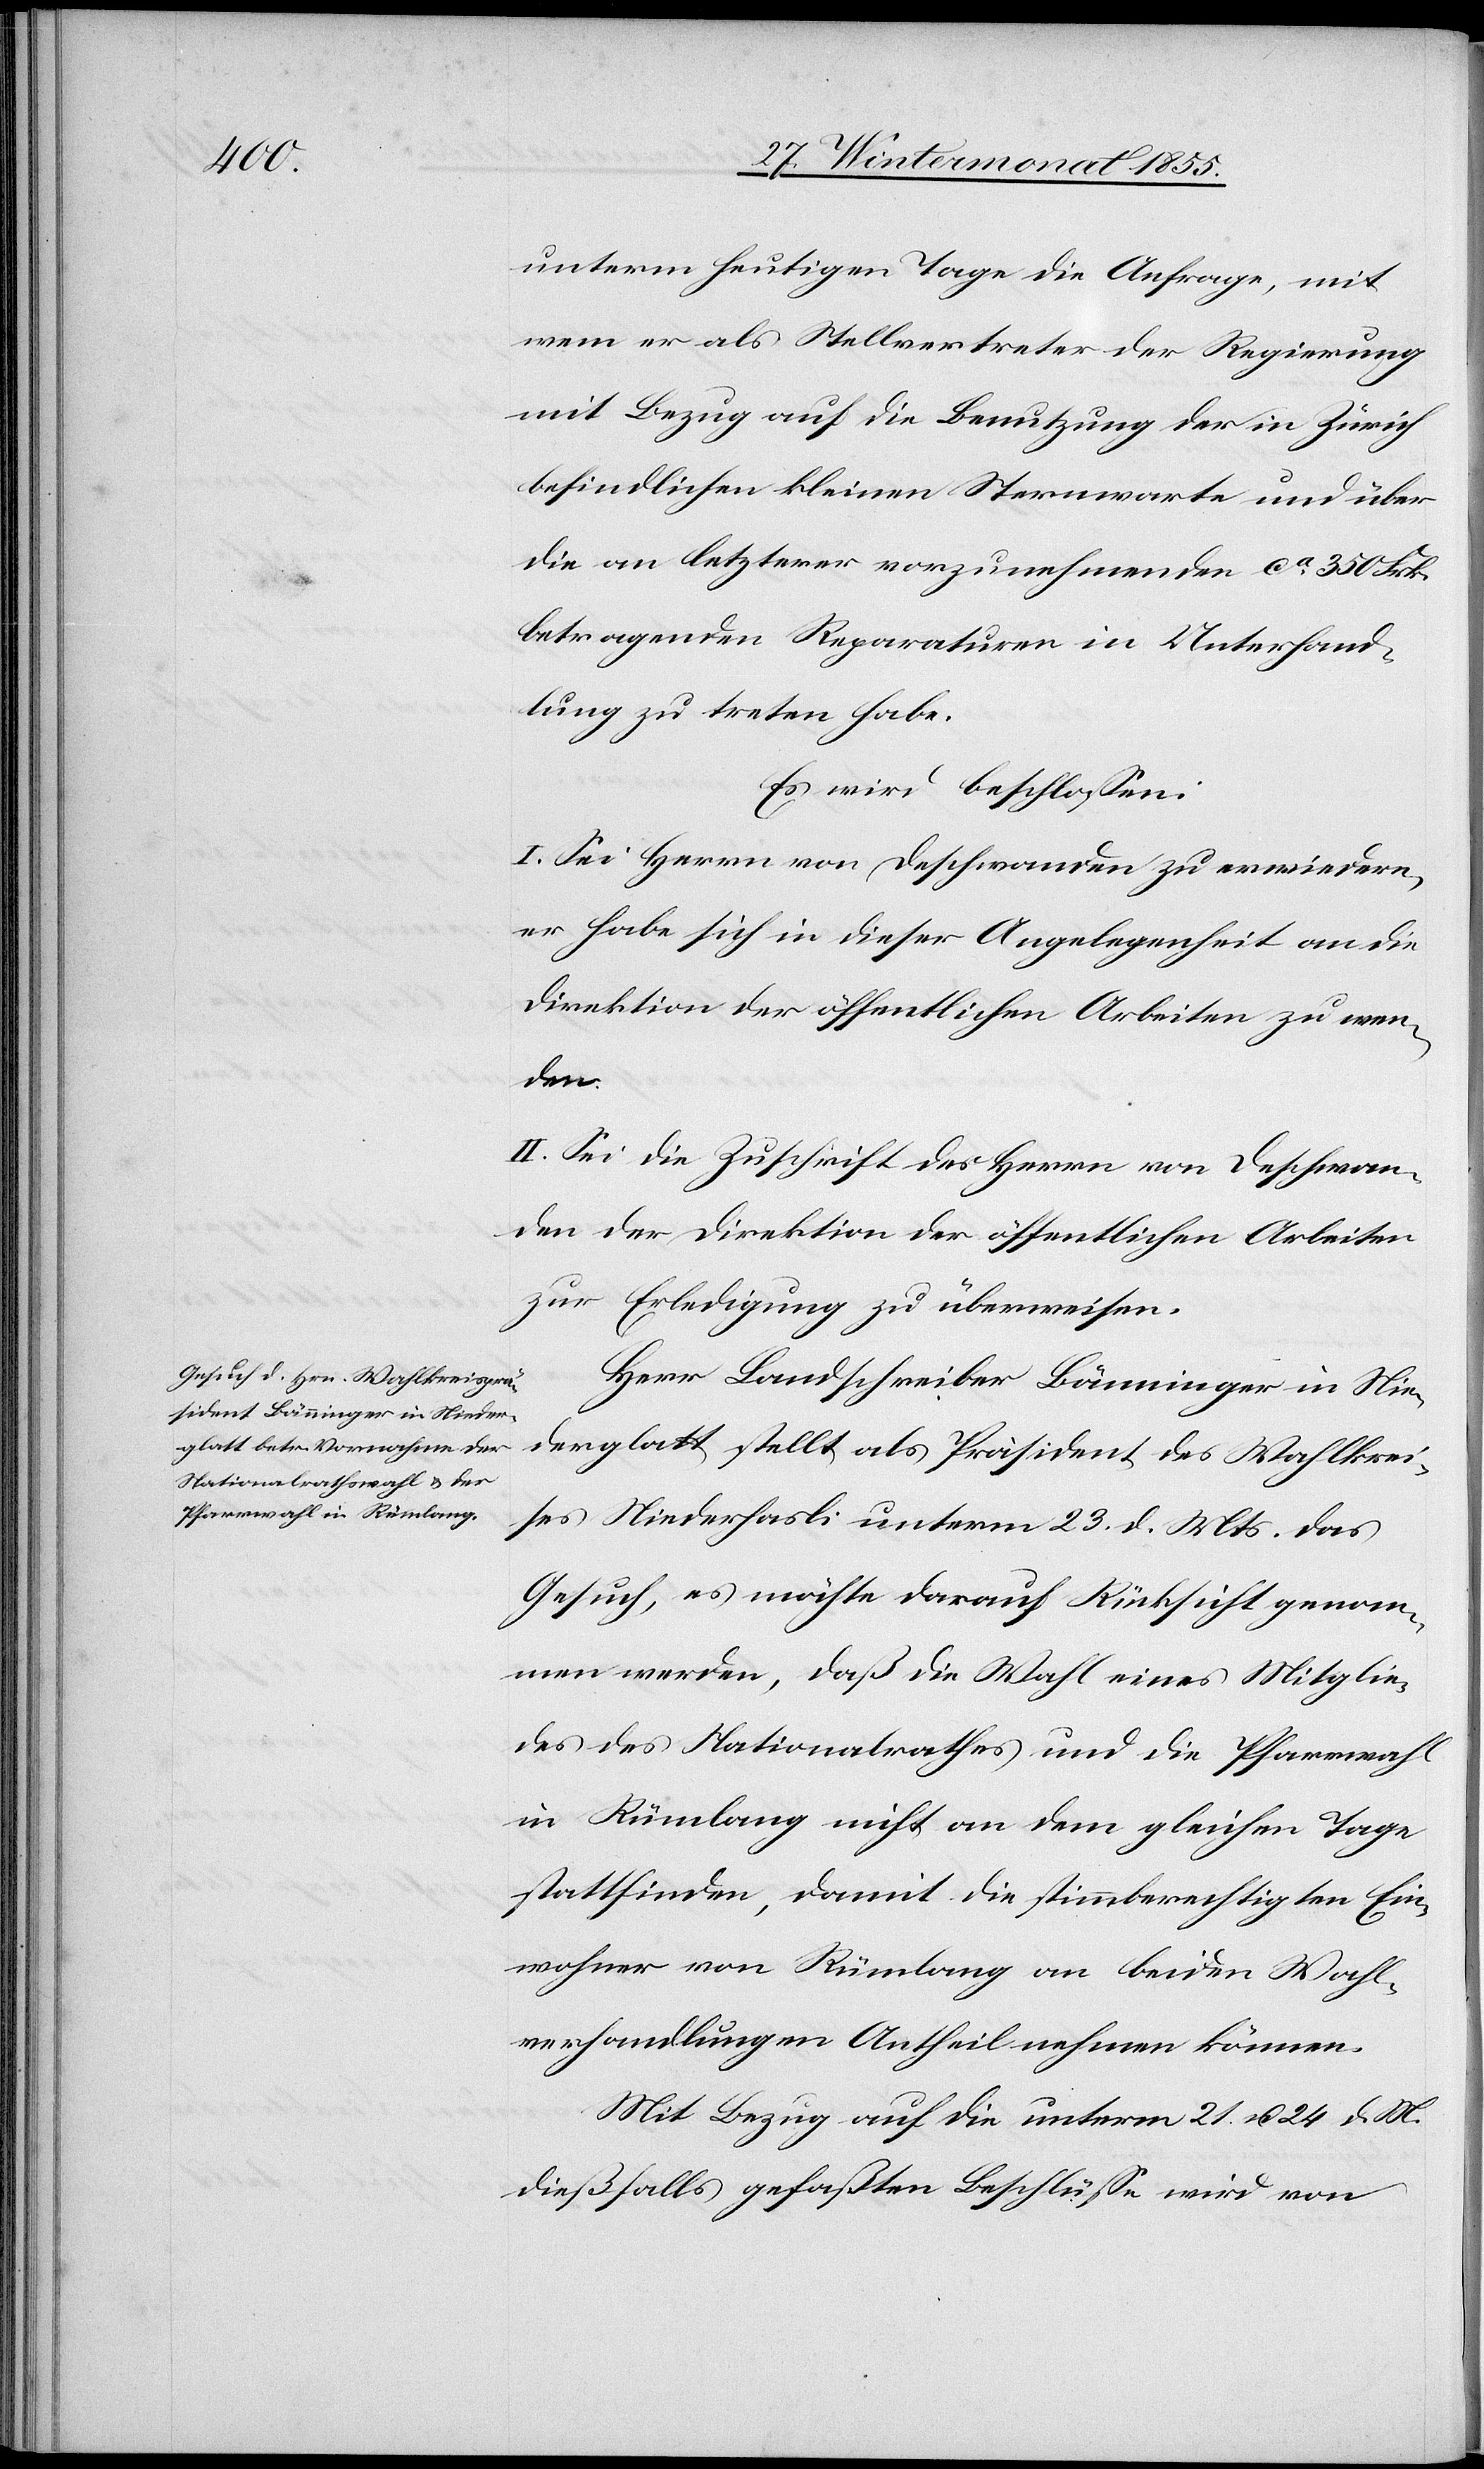
unterm heutigen Tage die Anfrage, mit
wem er als Stellvertreter der Regierung
mit Bezug auf die Benutzung der in Zürich
befindlichen kleinen Sternwarte und über
die an letzterer vorzunehmenden ca. 350 Frk.
betragenden Reparaturen in Unterhand¬
lung zu treten habe.
Es wird beschlossen:
I. Sei Herrn von Deschwanden zu erwiedern,
er habe sich in dieser Angelegenheit an die
Direktion der öffentlichen Arbeiten zu wen¬
den.
II. Sei die Zuschrift des Herrn von Deschwan¬
den der Direktion der öffentlichen Arbeiten
zur Erledigung zu überweisen.
Herr Landschreiber Bänninger in Nie¬
derglatt stellt als Präsident des Wahlkrei¬
ses Niederhasli unterm 23. d. Mts. das
Gesuch, es möchte darauf Rücksicht genom¬
men werden, daß die Wahl eines Mitglie¬
des des Nationalrathes und die Pfarrwahl
in Rümlang nicht an dem gleichen Tage
stattfinden, damit die stimmberechtigten Ein¬
wohner von Rümlang an beiden Wahl¬
verhandlungen Antheil nehmen können.
Mit Bezug auf die unterm 21. u. 24 d. M.
dießfalls gefaßten Beschlüsse wird von